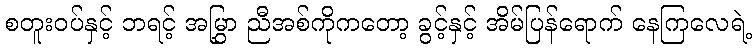
စတူးဝပ်နှင့် ဘရင့် အမြွှာ ညီအစ်ကိုကတော့ ခွင့်နှင့် အိမ်ပြန်ရောက် နေကြလေရဲ့